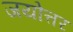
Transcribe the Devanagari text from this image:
जयोत्तर